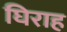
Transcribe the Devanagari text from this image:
घिराह